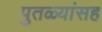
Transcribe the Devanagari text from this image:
पुतळ्यांसह